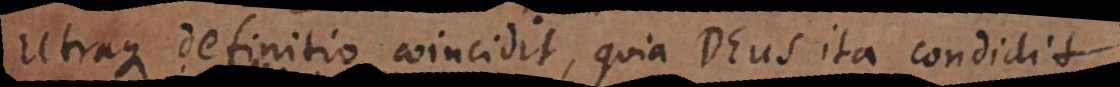
Utraque definitio coincidit, quia Deus ita condidit